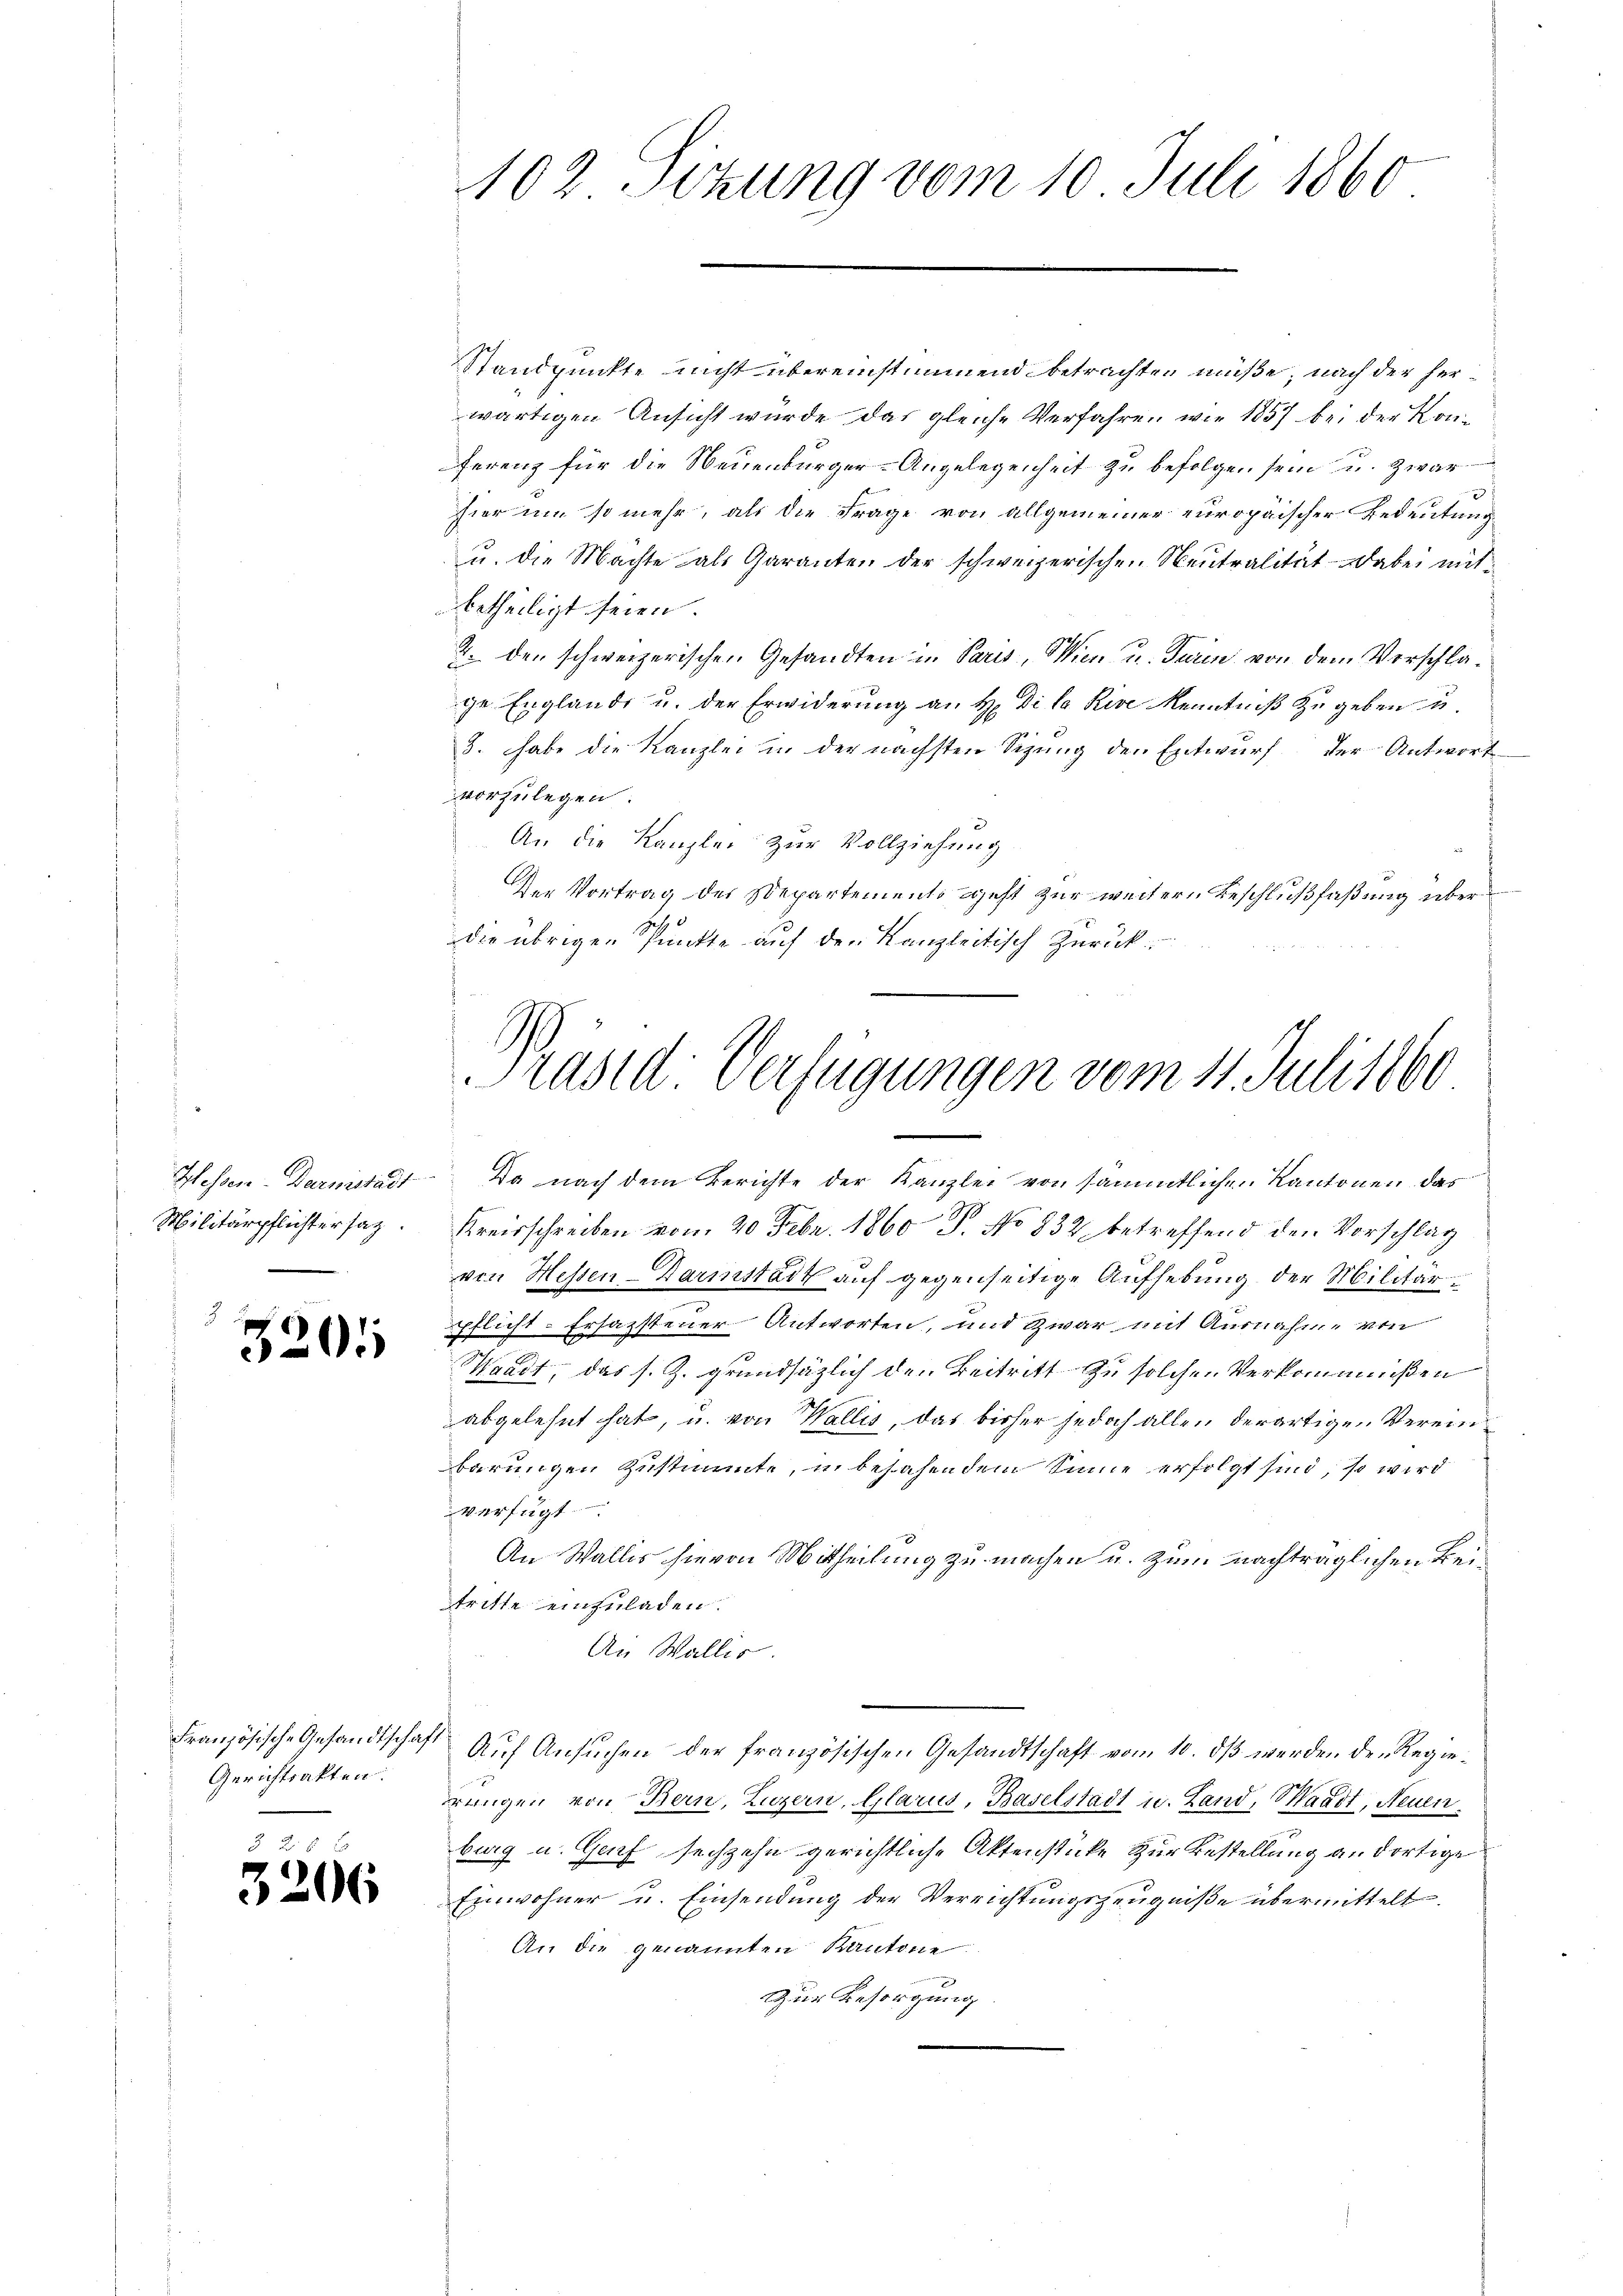
Militärpflichter sag

3201

Gerichtsakten.

3206

102 Sitzung vom 10. Juli 1860

Standpunkte nicht übereinstimmend betrachten müße; nach der herwärtigen Ansicht würde das gleiche Verfahren wie 1857 bei der Konferenz für die Neuenburger-Angelegenheit zu befolgen sein u. zwar
hier um so mehr, als die Frage von allgemeiner europäischer Bedeutung
u. die Machte als Garanten der schweizerischen Neutralität dabei mitbetheiligt seien.
2. den schweizerischen Gesandten in Paris, Wien u. Taun von dem Verschlage Englande u. der Erwiderung an H. Di la Rive Kenntniß zu geben u.
3. habe die Kanzlei in der nächsten Sizung der Entwurf der Antwort
vorzulegen:
An die Kanzlei zur Vollziehung
Der Vortrag des Departements geht zur weitern Beschlußfaßung über
die übrigen Punkte auf den Kanzleitisch zurück.

Präsid Verfügungen vom 11. Juli 1860

Hessen-Darmstadt Da nach dem Berichte der Kanzlei von sämmtlichen Kantonen das
Kreisschreiben vom 20. Febr. 1860 P. No 832 betreffend den Vorschlag
von Hessen-Darmstadt auf gegenseitige Aufhebung der Militärpflicht-Ersagstener Antworten, und zwar mit Ausnahme von
Waadt, das s. Z. grundsätzlich den Beitritt zu solchen Verkommnißen
abgelehnt hat, u. von Wallis, das bisher jedoch allen derartigen Vereinbarungen zustimmte, in besahendem Sinne erfolgt sind, so wird
verfügt
An Wallis hievon Mitheilung zu machen u. zum nachträglichen Beitritte einzuladen.
An Wallis.
Französische Gesandtschaft Auf Ansuchen der französischen Gesandtschaft vom 10. dß werden der Regierungen von Bern, Luzern, Glarus, Baselstadt u. Land, Waadt, Neuen
burg u. Genf sechzehn gerichtliche Aktenstücke zur Bestellung an dortige
Einwohner u. Einsendung der Verrichtungszeugniße übermittelt.
An die genannten Kantone
Zur Besorgung